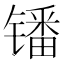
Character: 𫔍